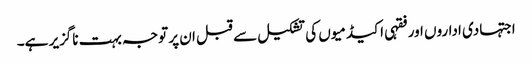
اجتہادی اداروں اور فقہی اکیڈمیوں کی تشکیل سے قبل ان پر توجہ بہت ناگزیر ہے۔